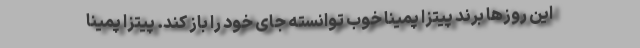
این روزها برند پیتزا پمینا خوب توانسته جای خود را باز کند. پیتزا پمینا